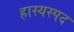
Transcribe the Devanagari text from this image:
हास्यस्पद